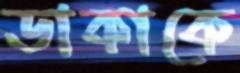
ডাকাকে